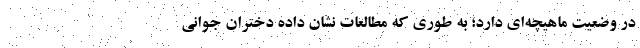
در وضعیت ماهیچه‌ای دارد؛ به طوری که مطالعات نشان داده دختران جوانی